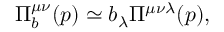
\Pi _ { b } ^ { \mu \nu } ( p ) \simeq b _ { \lambda } \Pi ^ { \mu \nu \lambda } ( p ) ,